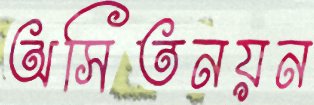
অসিতনয়ন